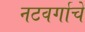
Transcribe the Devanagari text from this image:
नटवर्गाचे